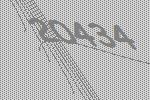
20434